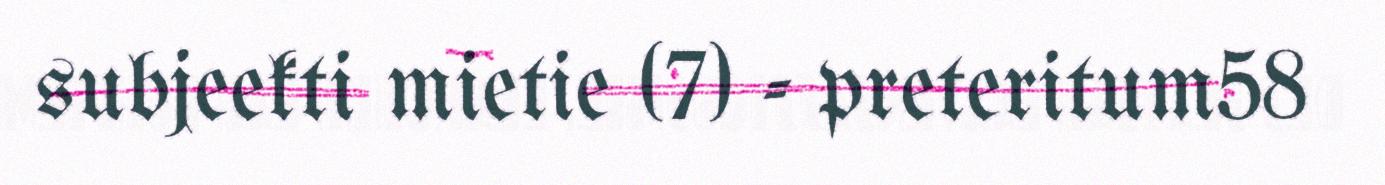
subjeekti mietie (7) - preteritum58